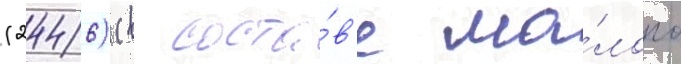
(2446) (в соста́в'е ма́лого